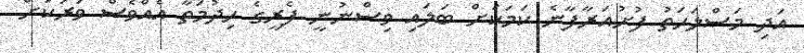
އަދި މަސްލަހަތު ފުށުއަރާފާނެ ކަމަކަށް ބަލައި ވިސްނުނީ ފެރީގެ ހިދުމަތާ އެއްވެސް ވަރަކަށް